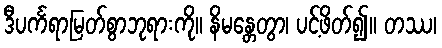
ဒီပင်္ကရာမြတ်စွာဘုရားကို။ နိမန္တေတွာ၊ ပင့်ဖိတ်၍။ တဿ၊